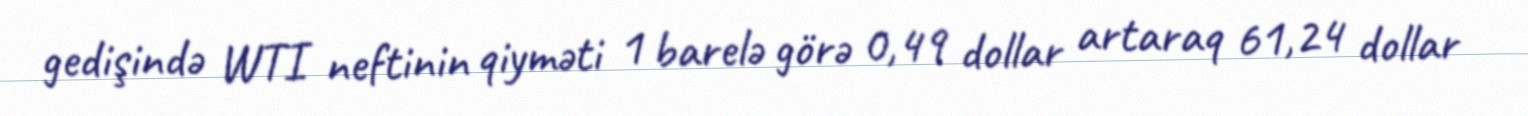
gedişində WTI neftinin qiyməti 1 barelə görə 0,49 dollar artaraq 61,24 dollar